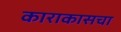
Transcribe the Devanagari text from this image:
काराकासचा